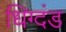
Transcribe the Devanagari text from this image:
धिग्दंड